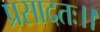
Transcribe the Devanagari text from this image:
प्रसादतः।।